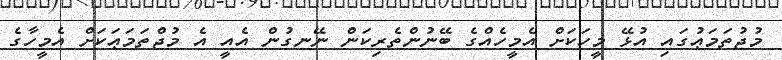
މުޖުތަމަޢުގައި އުޅޭ މީހަކަށް އެމީހެއްގެ ބޭނުންތެރިކަން ނޭނގުން އެއީ އެ މުޖްތަމަޢަކަށް އެމީހާގެ